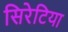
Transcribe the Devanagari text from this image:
सिरेटिया